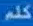
كلم